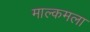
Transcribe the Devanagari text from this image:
माल्कमला